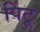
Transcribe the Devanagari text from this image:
पिंटू